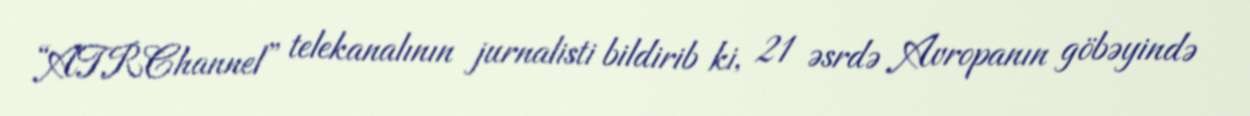
“ATRChannel” telekanalının jurnalisti bildirib ki, 21 əsrdə Avropanın göbəyində